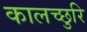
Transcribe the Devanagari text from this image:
कालच्छुरि